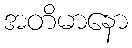
အတိမာနော